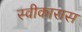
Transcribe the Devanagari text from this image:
स्वीकारास